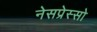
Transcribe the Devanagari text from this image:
नेसप्रेस्सो